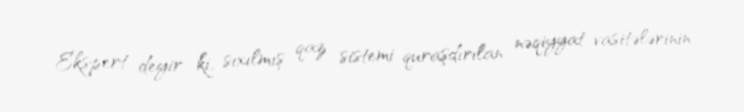
Ekspert deyir ki, sıxılmış qaz sistemi quraşdırılan nəqiyyat vasitələrinin